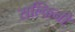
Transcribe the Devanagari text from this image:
सल्किनी